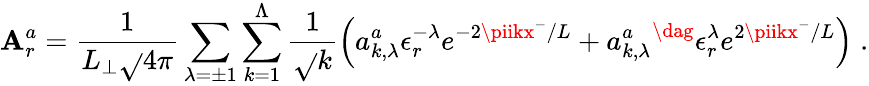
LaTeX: \mathbf{A}_{r}^{a}=\frac{{1}}{{L_{\perp}\sqrt{}{{4\pi}}}}\sum_{\lambda=\pm1}\sum_{k=1}^{\Lambda}\frac{{1}}{{\sqrt{}{{k}}}}\left(a_{k,\lambda}^{a}\epsilon_{r}^{-\lambda}e^{-2\piikx^{-}/L}+{a_{k,\lambda}^{a}}^{\dag}\epsilon_{r}^{\lambda}e^{2\piikx^{-}/L}\right)\; .